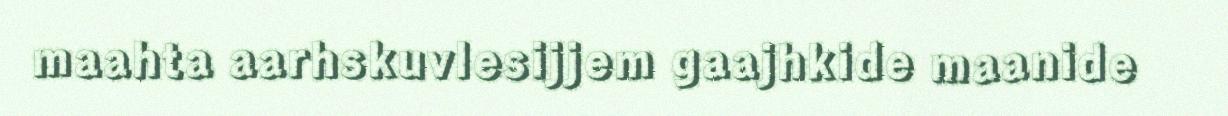
maahta aarhskuvlesijjem gaajhkide maanide